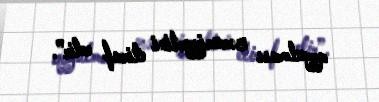
qoyulması zəruriyyətini etiraf edir”.